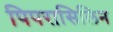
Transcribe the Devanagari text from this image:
पिपरासिलिन